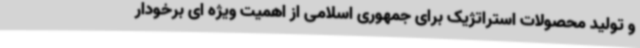
و تولید محصولات استراتژیک برای جمهوری اسلامی از اهمیت ویژه ای برخودار